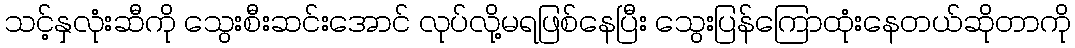
သင့်နှလုံးဆီကို သွေးစီးဆင်းအောင် လုပ်လို့မရဖြစ်နေပြီး သွေးပြန်ကြောထုံးနေတယ်ဆိုတာကို